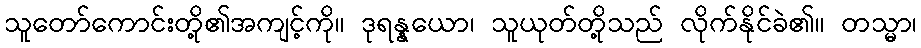
သူတော်ကောင်းတို့၏အကျင့်ကို။ ဒုရန္နယော၊ သူယုတ်တို့သည် လိုက်နိုင်ခဲ၏။ တသ္မာ၊